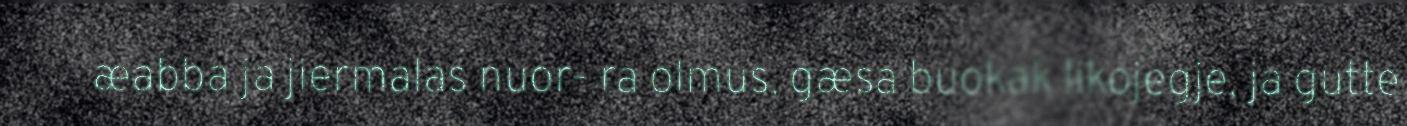
æabba ja jiermalas nuor- ra olmus, gæsa buokak likojegje, ja gutte